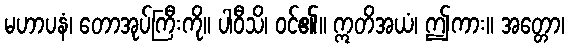
မဟာပနံ၊ တောအုပ်ကြီးကို။ ပါဝီသိ၊ ဝင်၏။ ဣတိအယံ၊ ဤကား။ အတ္တော၊